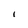
Character: I